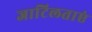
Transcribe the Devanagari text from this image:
जाटिलताएं